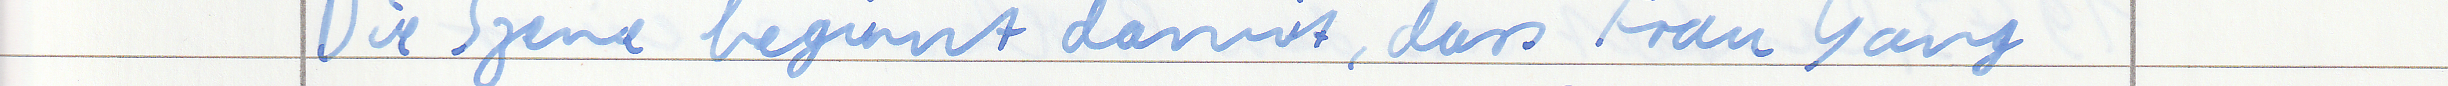
Sie Szene beginnt damit, dass Frau Yang